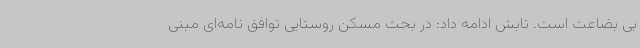
بی بضاعت است. تابش ادامه داد: در بحث مسکن روستایی توافق نامه‌ای مبنی